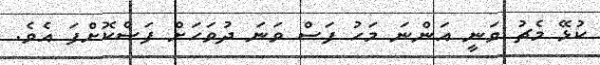
ކުޅޭ މެޗު ވަނީ އަންނަ މަހު ފަސް ވަނަ ދުވަހަށް ފަސްކޮށްފަ އެވެ.